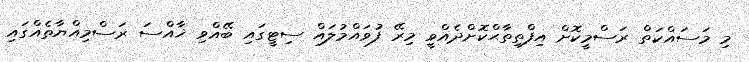
މި މަސައްކަތް ރަސްމީކޮށް އިފްތިތާޙްކޮށްދެއްވީ މިރޭ ފުވައްމުލައް ސިޓީގައި ބޭއްވި ޚާއްސަ ރަސްމިއްޔާތެއްގައި